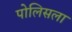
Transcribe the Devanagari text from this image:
पोलिसला